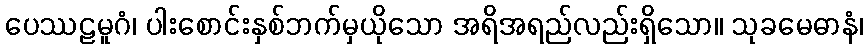
ပေဿဠမူဂံ၊ ပါးစောင်းနှစ်ဘက်မှယိုသော အရိအရည်လည်းရှိသော။ သုခမေဓာနံ၊